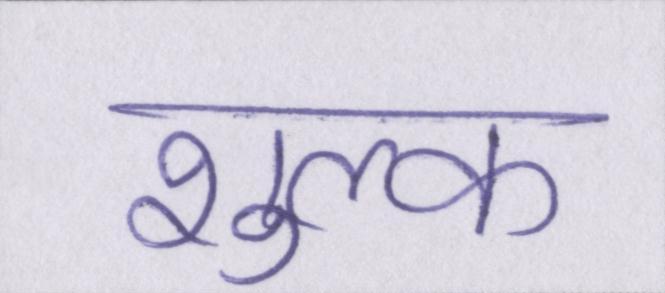
शुल्क